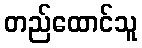
တည်ထောင်သူ